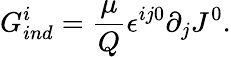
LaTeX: G_{ind}^{i}=\frac{\mu}{Q}{\epsilon}^{ij0}\partial_{j}J^{0}.